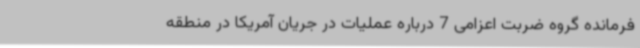
فرمانده گروه ضربت اعزامی 7 درباره عملیات در جریان آمریکا در منطقه